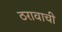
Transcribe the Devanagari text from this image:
ठरावाची